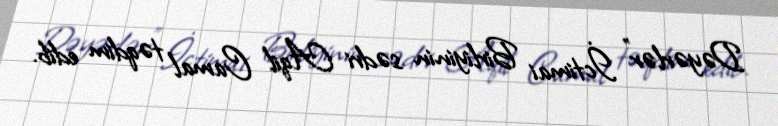
Dəyərlər” İctimai Birliyinin sədri Aqil Camal təqdim edib.